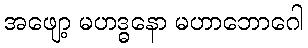
အဖျော့ မဟဒ္ဓနော မဟာဘောဂေါ